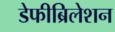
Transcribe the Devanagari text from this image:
डेफीब्रिलेशन